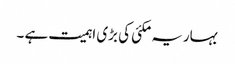
بہاریہ مکئی کی بڑی اہمیت ہے ۔